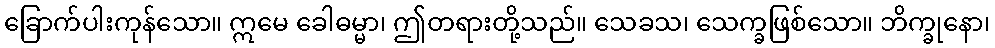
ခြောက်ပါးကုန်သော။ ဣမေ ခေါဓမ္မာ၊ ဤတရားတို့သည်။ သေခသ၊ သေက္ခဖြစ်သော။ ဘိက္ခုနော၊